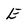
Character: E